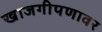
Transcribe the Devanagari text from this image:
खाजगीपणावर